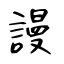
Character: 謾